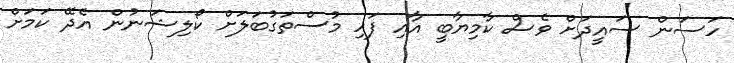
ހަސަން ސައީދަށް ވެސް ކާމިޔާބީ އާއި ފަހި މުސްތަގުބަލަށް ކޯލިޝަނުން އެދޭ ކަމަށް